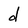
Character: d